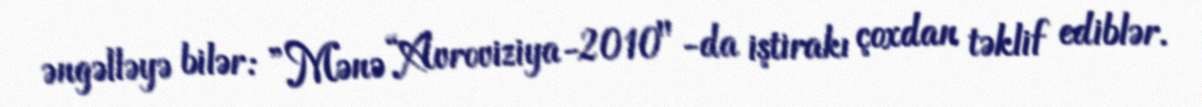
əngəlləyə bilər: ”Mənə “Avroviziya-2010"-da iştirakı çoxdan təklif ediblər.